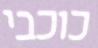
כוכבי